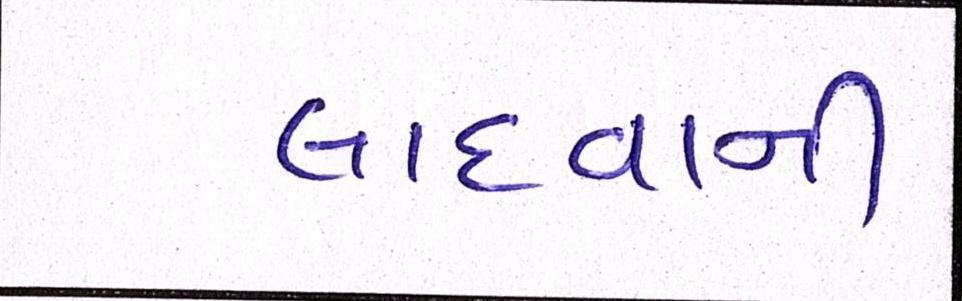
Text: લાદવાની